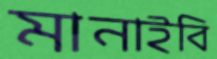
মানাইবি